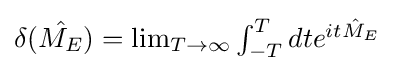
{\textstyle \delta ({\hat {M_{E}}})=\lim _{T\to \infty }\int _{-T}^{T}dte^{it{\hat {M}}_{E}}}